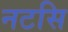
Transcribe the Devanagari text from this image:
नटसि